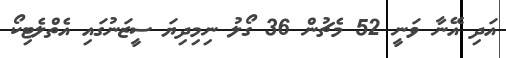
އަދި އޭނާ ވަނީ 52 މެޗުން 36 ގޯލު ނިމިދިޔަ ސީޒަނުގައި އެތްލެޓިކޯ